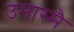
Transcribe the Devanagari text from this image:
उमास्मै